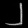
Digit: ၂